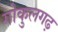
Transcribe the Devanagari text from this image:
गोकुलगढ़